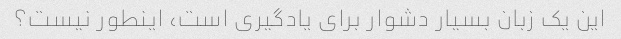
این یک زبان بسیار دشوار برای یادگیری است، اینطور نیست؟